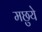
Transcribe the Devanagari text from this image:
मछुये